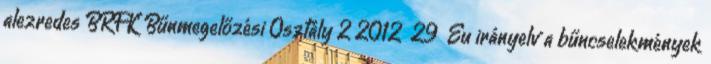
alezredes BRFK Bűnmegelőzési Osztály 2 2012 29 Eu irányelv a bűncselekmények